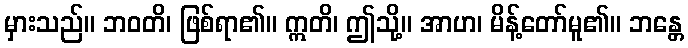
မှားသည်။ ဘဝတိ၊ ဖြစ်ရာ၏။ ဣတိ၊ ဤသို့။ အာဟ၊ မိန့်တော်မူ၏။ ဘန္တေ